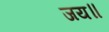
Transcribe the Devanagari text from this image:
जय॥